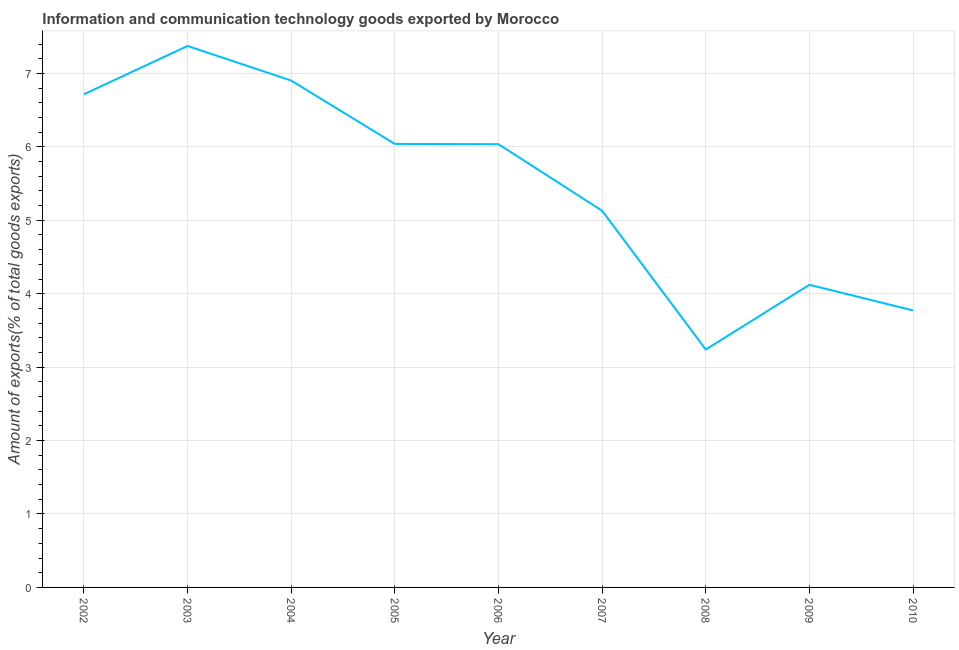
| Year | ICT goods exports |
 | --- | --- |
 | 2002 | 6.72 |
 | 2003 | 7.37 |
 | 2004 | 6.9 |
 | 2005 | 6.04 |
 | 2006 | 6.04 |
 | 2007 | 5.13 |
 | 2008 | 3.24 |
 | 2009 | 4.12 |
 | 2010 | 3.77 |